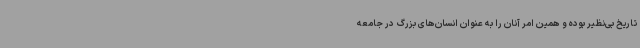
تاریخ بی‌نظیر بوده و همین امر آنان را به عنوان انسان‌های بزرگ در جامعه